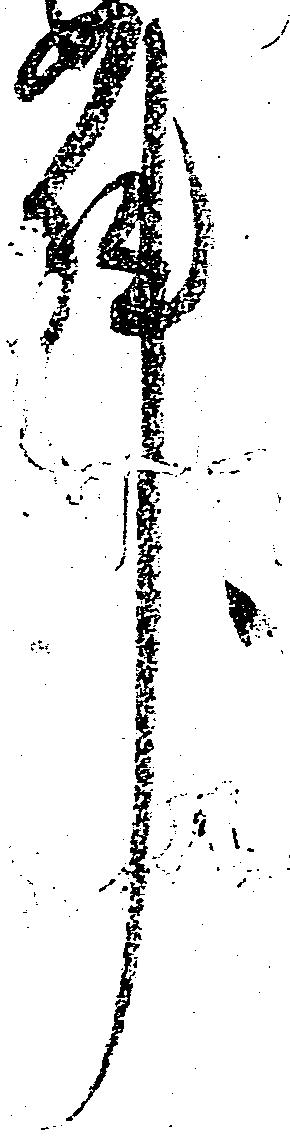
件